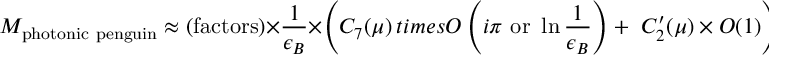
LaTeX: M _ { \mathrm { p h o t o n i c \ p e n g u i n } } \approx ( \mathrm { f a c t o r s } ) \times { \frac { 1 } { \epsilon _ { B } } } \times \left( C _ { 7 } ( \mu ) \, t i m e s O \left( i \pi \ \mathrm { o r } \ \ln { \frac { 1 } { \epsilon _ { B } } } \right) + \ C _ { 2 } ^ { \prime } ( \mu ) \times O ( 1 ) \right) .